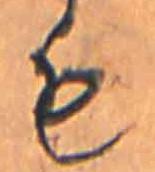
も